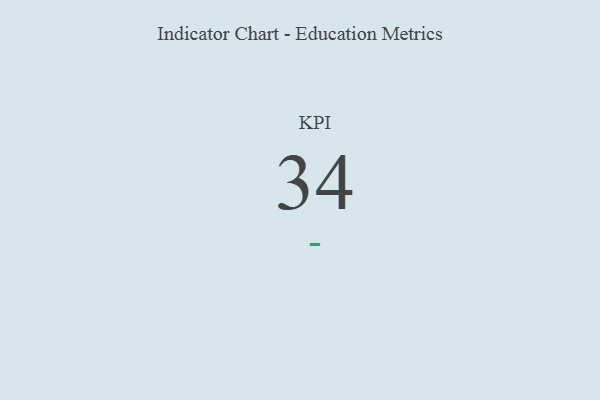
{"axis": {"x": "KPI", "y": "Value"}, "legend": [""], "data": [{"x": "KPI", "y": 34, "type": ""}]}